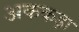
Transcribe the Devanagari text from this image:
अककड़ा